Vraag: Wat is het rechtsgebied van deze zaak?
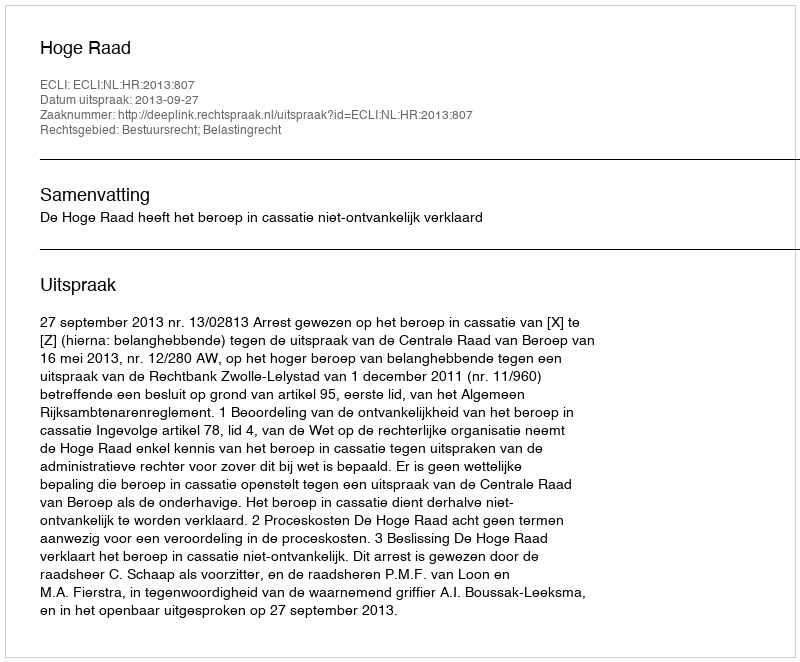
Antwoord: Bestuursrecht; Belastingrecht